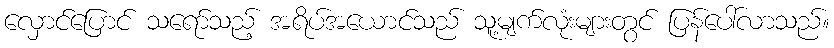
လှောင်ပြောင် သရော်သည့် အရိပ်အယောင်သည် သူ့မျက်လုံးများတွင် ပြန်ပေါ်လာသည်။